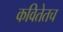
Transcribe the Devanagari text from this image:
कवितेतच